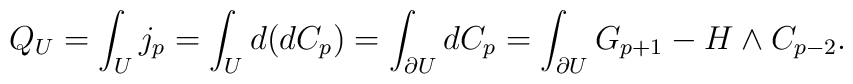
Q_U=\int_Uj_p=\int_Ud(dC_p)=\int_{\partial U}dC_p=\int_{\partial U}G_{p+1}-H\wedge C_{p-2}.